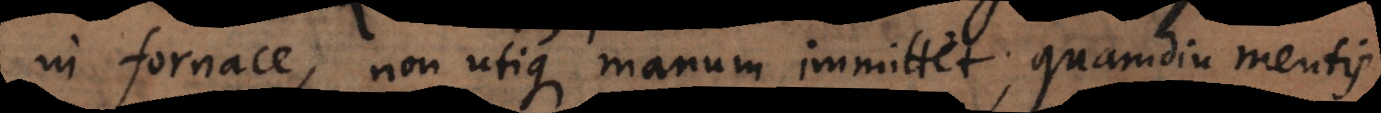
in fornace, non utique manum immittet, quamdiu mentis